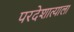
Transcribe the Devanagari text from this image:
परदेशात्याला